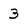
Character: 3